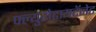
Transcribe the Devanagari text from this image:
फ्ल्युरोटायटॅनेट